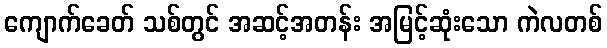
ကျောက်ခေတ် သစ်တွင် အဆင့်အတန်း အမြင့်ဆုံးသော ကဲလတစ်